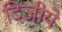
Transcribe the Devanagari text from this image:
दिजीये